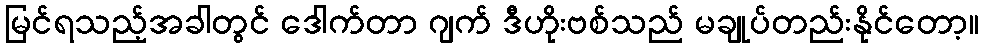
မြင်ရသည့်အခါတွင် ဒေါက်တာ ဂျက် ဒီဟိုးဗစ်သည် မချုပ်တည်းနိုင်တော့။